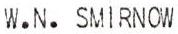
W.N. SMIRNOW